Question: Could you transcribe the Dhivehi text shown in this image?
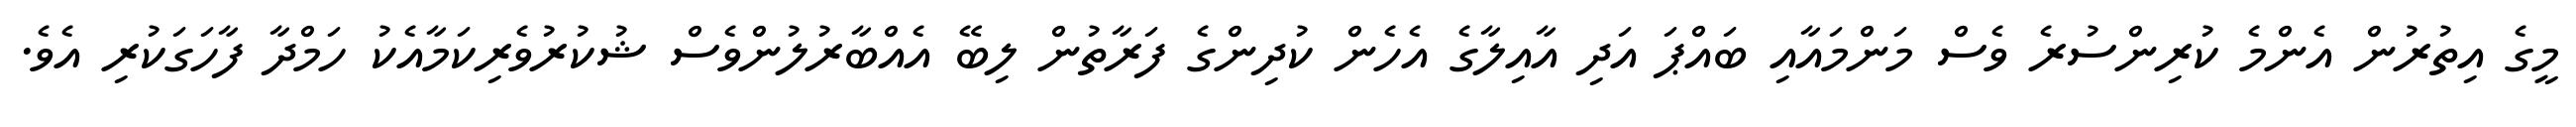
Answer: މީގެ އިތުރުން އެންމެ ކުރިންސުރެ ވެސް މަންމައާއި ބައްޕަ އަދި އާއިލާގެ އެހެން ކުދިންގެ ފަރާތުން ލިބޭ އެއްބާރުލުންވެސް ޝުކުރުވެރިކަމާއެކު ހަމްދާ ފާހަގަކުރި އެވެ.